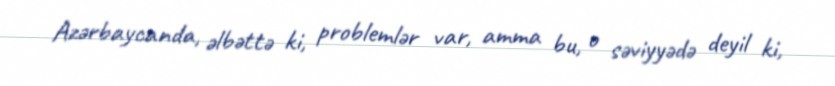
Azərbaycanda, əlbəttə ki, problemlər var, amma bu, o səviyyədə deyil ki,